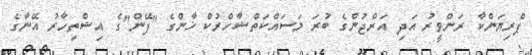
ޕްރިޔަންކާ ރަންވީރު އަދި އަރްޖުންގެ ބުރަ މަސައްކަތްޝާހްރުކް ޚާންގެ "ފޭން"ގެ އިޝްތިހާރު އޭނާގެ